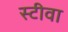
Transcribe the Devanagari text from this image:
स्टीवा